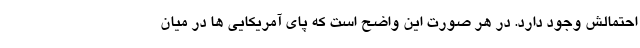
احتمالش وجود دارد. در هر صورت این واضح است که پای آمریکایی ها در میان